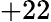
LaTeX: +22